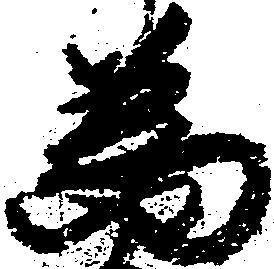
為